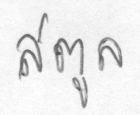
สตูล